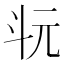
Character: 𣁯